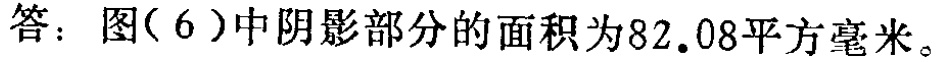
答：图（6）中阴影部分的面积为\(82.08\)平方毫米。